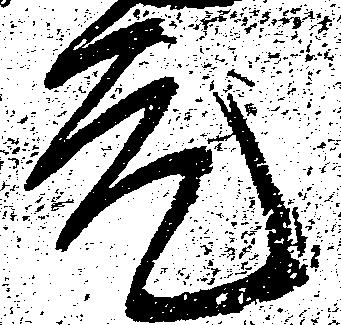
元